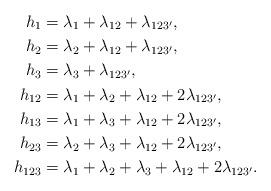
LaTeX: \begin{align*}h_1&=\lambda_1+\lambda_{12}+\lambda_{123'},\\h_2&=\lambda_2+\lambda_{12}+\lambda_{123'},\\h_3&=\lambda_3+\lambda_{123'},\\h_{12}&=\lambda_1+\lambda_2+\lambda_{12}+2\lambda_{123'},\\h_{13}&=\lambda_1+\lambda_3+\lambda_{12}+2\lambda_{123'},\\h_{23}&=\lambda_2+\lambda_3+\lambda_{12}+2\lambda_{123'},\\h_{123}&=\lambda_1+\lambda_2+\lambda_3+\lambda_{12}+2\lambda_{123'}.\end{align*}